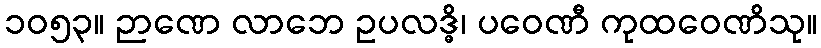
၁၀၅၃။ ဉာဏေ လာဘေ ဥပလဒ္ဓိ၊ ပဝေဏီ ကုထဝေဏိသု။